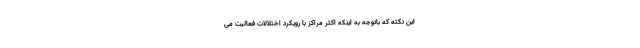
این نکته که باتوجه به اینکه اکثر مراکز با رویکرد اختلالات فعالیت می